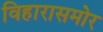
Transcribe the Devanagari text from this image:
विहारासमोर